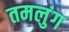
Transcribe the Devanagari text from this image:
तमलुंग